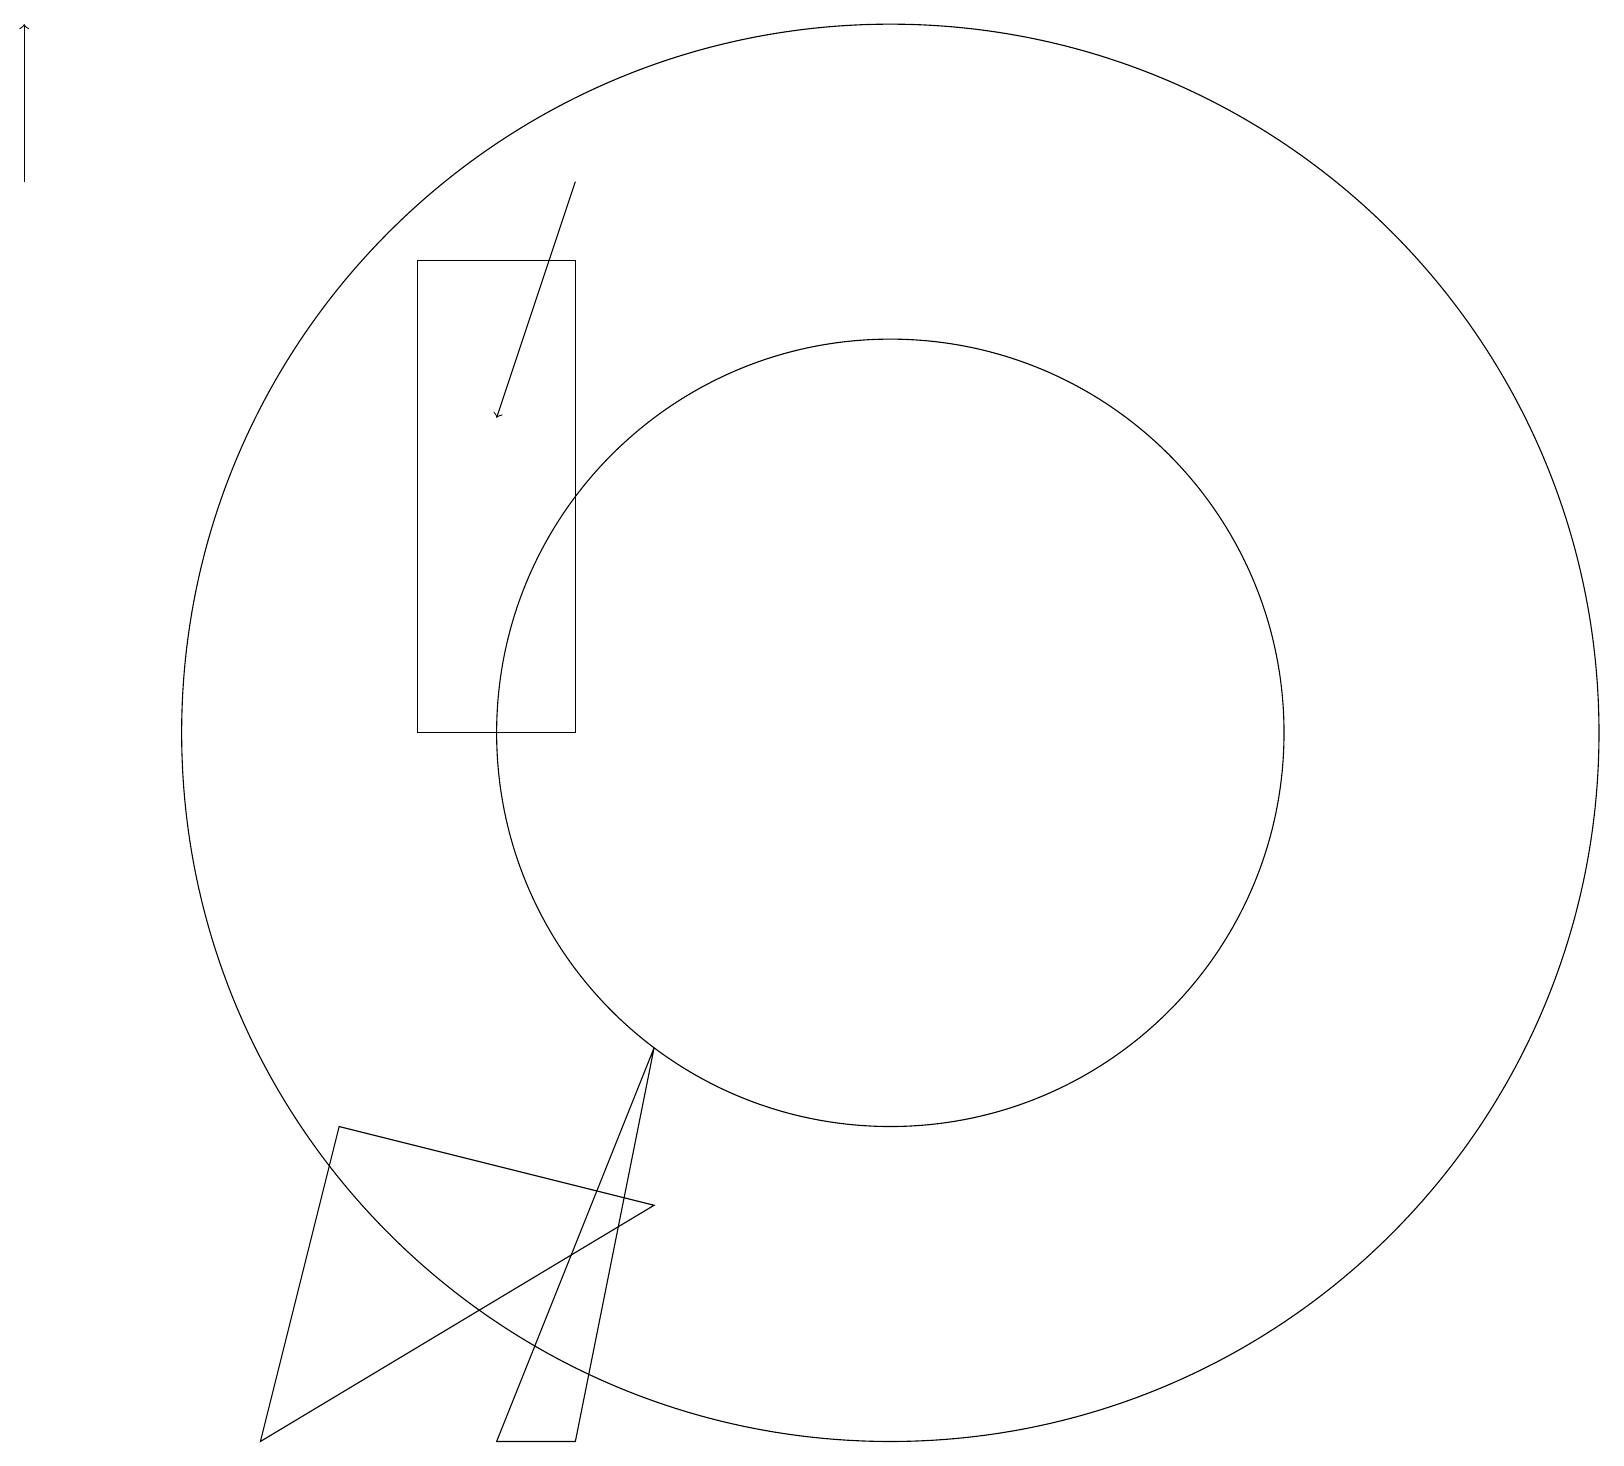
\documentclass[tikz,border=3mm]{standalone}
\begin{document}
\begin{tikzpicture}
\draw (12,10) circle (5);
\draw (12,10) circle (9);
\draw[->] (1,17) -- (1,19);
\draw (9,6) -- (8,1) -- (7,1) -- cycle;
\draw (8,16) rectangle (6,10);
\draw[->] (8,17) -- (7,14);
\draw (5,5) -- (9,4) -- (4,1) -- cycle;
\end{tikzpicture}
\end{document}